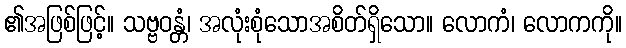
၏အဖြစ်ဖြင့်။ သဗ္ဗဝန္တံ၊ အလုံးစုံသောအစိတ်ရှိသော။ လောကံ၊ လောကကို။